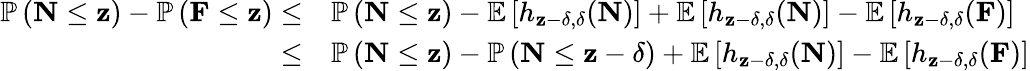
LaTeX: \begin{array}{rl}{\mathbb{P}\left(\mathbf{N}\leq\mathbf{z}\right)-\mathbb{P}\left(\mathbf{F}\leq\mathbf{z}\right)\leq}&{\mathbb{P}\left(\mathbf{N}\leq\mathbf{z}\right)-\mathbb{E}\left[h_{\mathbf{z}-\delta,\delta}(\mathbf{N})\right]+\mathbb{E}\left[h_{\mathbf{z}-\delta,\delta}(\mathbf{N})\right]-\mathbb{E}\left[h_{\mathbf{z}-\delta,\delta}(\mathbf{F})\right]}\\ {\leq}&{\mathbb{P}\left(\mathbf{N}\leq\mathbf{z}\right)-\mathbb{P}\left(\mathbf{N}\leq\mathbf{z}-\delta\right)+\mathbb{E}\left[h_{\mathbf{z}-\delta,\delta}(\mathbf{N})\right]-\mathbb{E}\left[h_{\mathbf{z}-\delta,\delta}(\mathbf{F})\right]}\end{array}